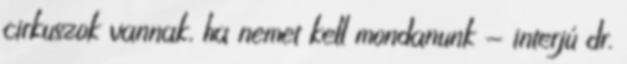
cirkuszok vannak, ha nemet kell mondanunk - interjú dr.